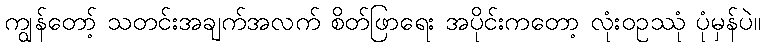
ကျွန်တော့် သတင်းအချက်အလက် စိတ်ဖြာရေး အပိုင်းကတော့ လုံးဝဥဿုံ ပုံမှန်ပဲ။